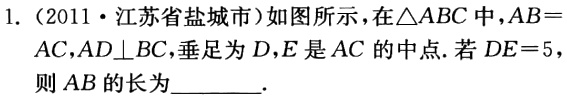
1.（2011·江苏省盐城市）如图所示，在\(\triangle ABC\)中，\(AB = AC\)，\(AD\perp BC\)，垂足为\(D\)，\(E\)是\(AC\)的中点. 若\(DE = 5\)，则\(AB\)的长为  .